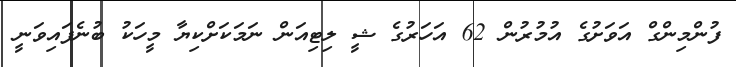
ފުންމިންގް އަވަށުގެ އުމުރުން 62 އަހަރުގެ ޝީ ލިޓިއަން ނަމަކަށްކިޔާ މީހަކު ބުނެފައިވަނީ